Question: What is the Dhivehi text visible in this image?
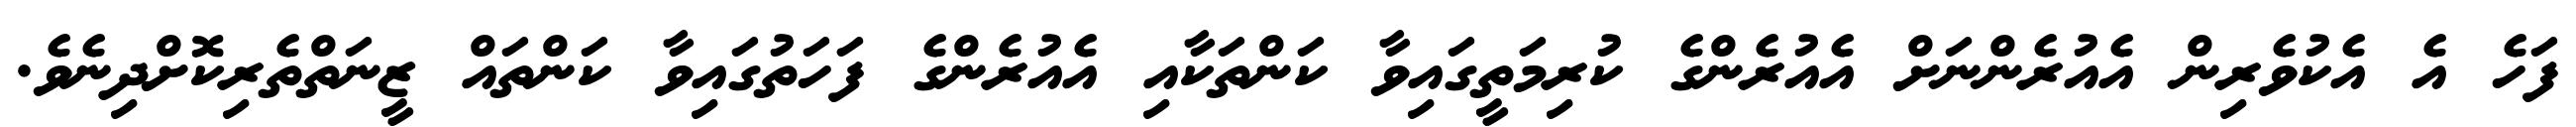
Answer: ފަހެ އެ އެކުވެރިން އެއުރެންނަށް އެއުރެންގެ ކުރިމަތީގައިވާ ކަންތަކާއި އެއުރެންގެ ފަހަތުގައިވާ ކަންތައް ޒީނަތްތެރިކޮށްދިނެވެ.